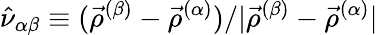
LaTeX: {\hat{\nu}_{\alpha\beta}\equiv(\vec{\rho}^{(\beta)}-\vec{\rho}^{(\alpha)})/|\vec{\rho}^{(\beta)}-\vec{\rho}^{(\alpha)}|}